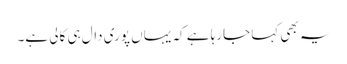
یہ بھی کہا جارہا ہے کہ یہاں پوری دال ہی کالی ہے۔